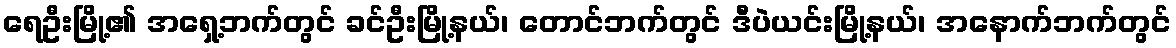
ရေဦးမြို့၏ အရှေ့ဘက်တွင် ခင်ဦးမြို့နယ်၊ တောင်ဘက်တွင် ဒီပဲယင်းမြို့နယ်၊ အနောက်ဘက်တွင်